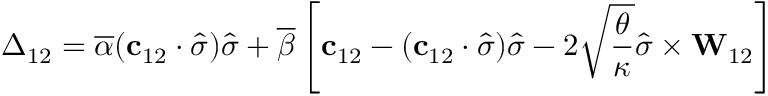
\boldsymbol { \Delta } _ { 1 2 } = \overline { { \alpha } } ( \mathbf { c } _ { 1 2 } \cdot \widehat { \boldsymbol { \sigma } } ) \widehat { \boldsymbol { \sigma } } + \overline { { \beta } } \left[ \mathbf { c } _ { 1 2 } - ( \mathbf { c } _ { 1 2 } \cdot \widehat { \boldsymbol { \sigma } } ) \widehat { \boldsymbol { \sigma } } - 2 \sqrt { \frac { \theta } { \kappa } } \widehat { \boldsymbol { \sigma } } \times \mathbf { W } _ { 1 2 } \right]